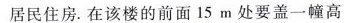
居民住房。在该楼的前面15m处要盖一幢高